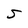
Character: S